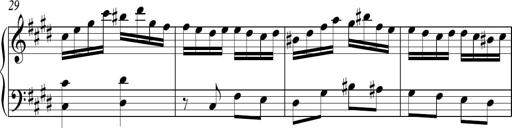
Title: Ten Piano Sonatinas
Composer: Andreas Sain